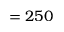
= 2 5 0